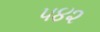
૫૪૨